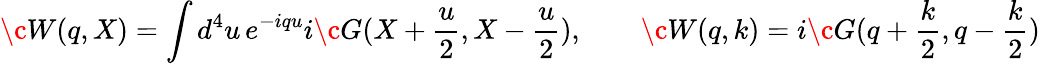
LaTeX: \c W(q,X)=\int d^{4}u\, e^{-iqu}i\c G(X+\frac u2,X-\frac u2),\qquad\c W(q,k)=i\c G(q+\frac k2,q-\frac k2)